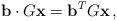
LaTeX: \begin{align*}\mathbf{b}\cdot G\mathbf{x}& = \mathbf{b}^T G\mathbf{x}\,,\end{align*}